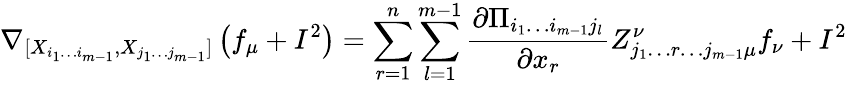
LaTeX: \nabla_{[X_{i_{1}\dotsc i_{m-1}},X_{j_{1}\dotsc j_{m-1}}]}\left(f_{\mu}+I^{2}\right)=\sum_{r=1}^{n}\sum_{l=1}^{m-1}\frac{\partial\Pi_{i_{1}\dotsc i_{m-1}j_{l}}}{\partial x_{r}}Z_{j_{1}\dotsc r\dotsc j_{m-1}\mu}^{\nu}f_{\nu}+I^{2}